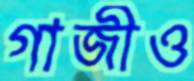
গাজীও